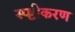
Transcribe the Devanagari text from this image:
स्प्ष्टीकरण